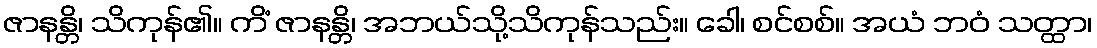
ဇာနန္တိ၊ သိကုန်၏။ ကိံ ဇာနန္တိ၊ အဘယ်သို့သိကုန်သည်း။ ခေါ၊ စင်စစ်။ အယံ ဘဝံ သတ္ထာ၊